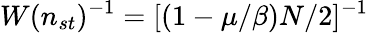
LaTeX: W(n_{st})^{-1}=[(1-\mu/\beta)N/2]^{-1}